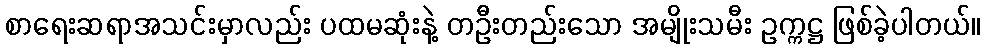
စာရေးဆရာအသင်းမှာလည်း ပထမဆုံးနဲ့ တဦးတည်းသော အမျိုးသမီး ဥက္ကဋ္ဌ ဖြစ်ခဲ့ပါတယ်။